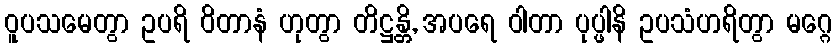
ဝူပသမေတွာ ဥပရိ ဝိတာနံ ဟုတွာ တိဋ္ဌန္တိ, အပရေ ဝါတာ ပုပ္ဖါနိ ဥပသံဟရိတွာ မဂ္ဂေ